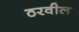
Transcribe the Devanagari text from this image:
ठरवील